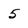
Character: 5